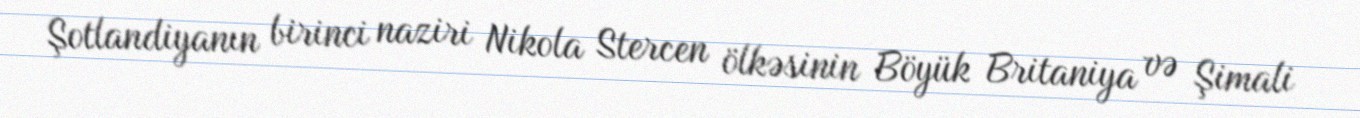
Şotlandiyanın birinci naziri Nikola Stercen ölkəsinin Böyük Britaniya və Şimali